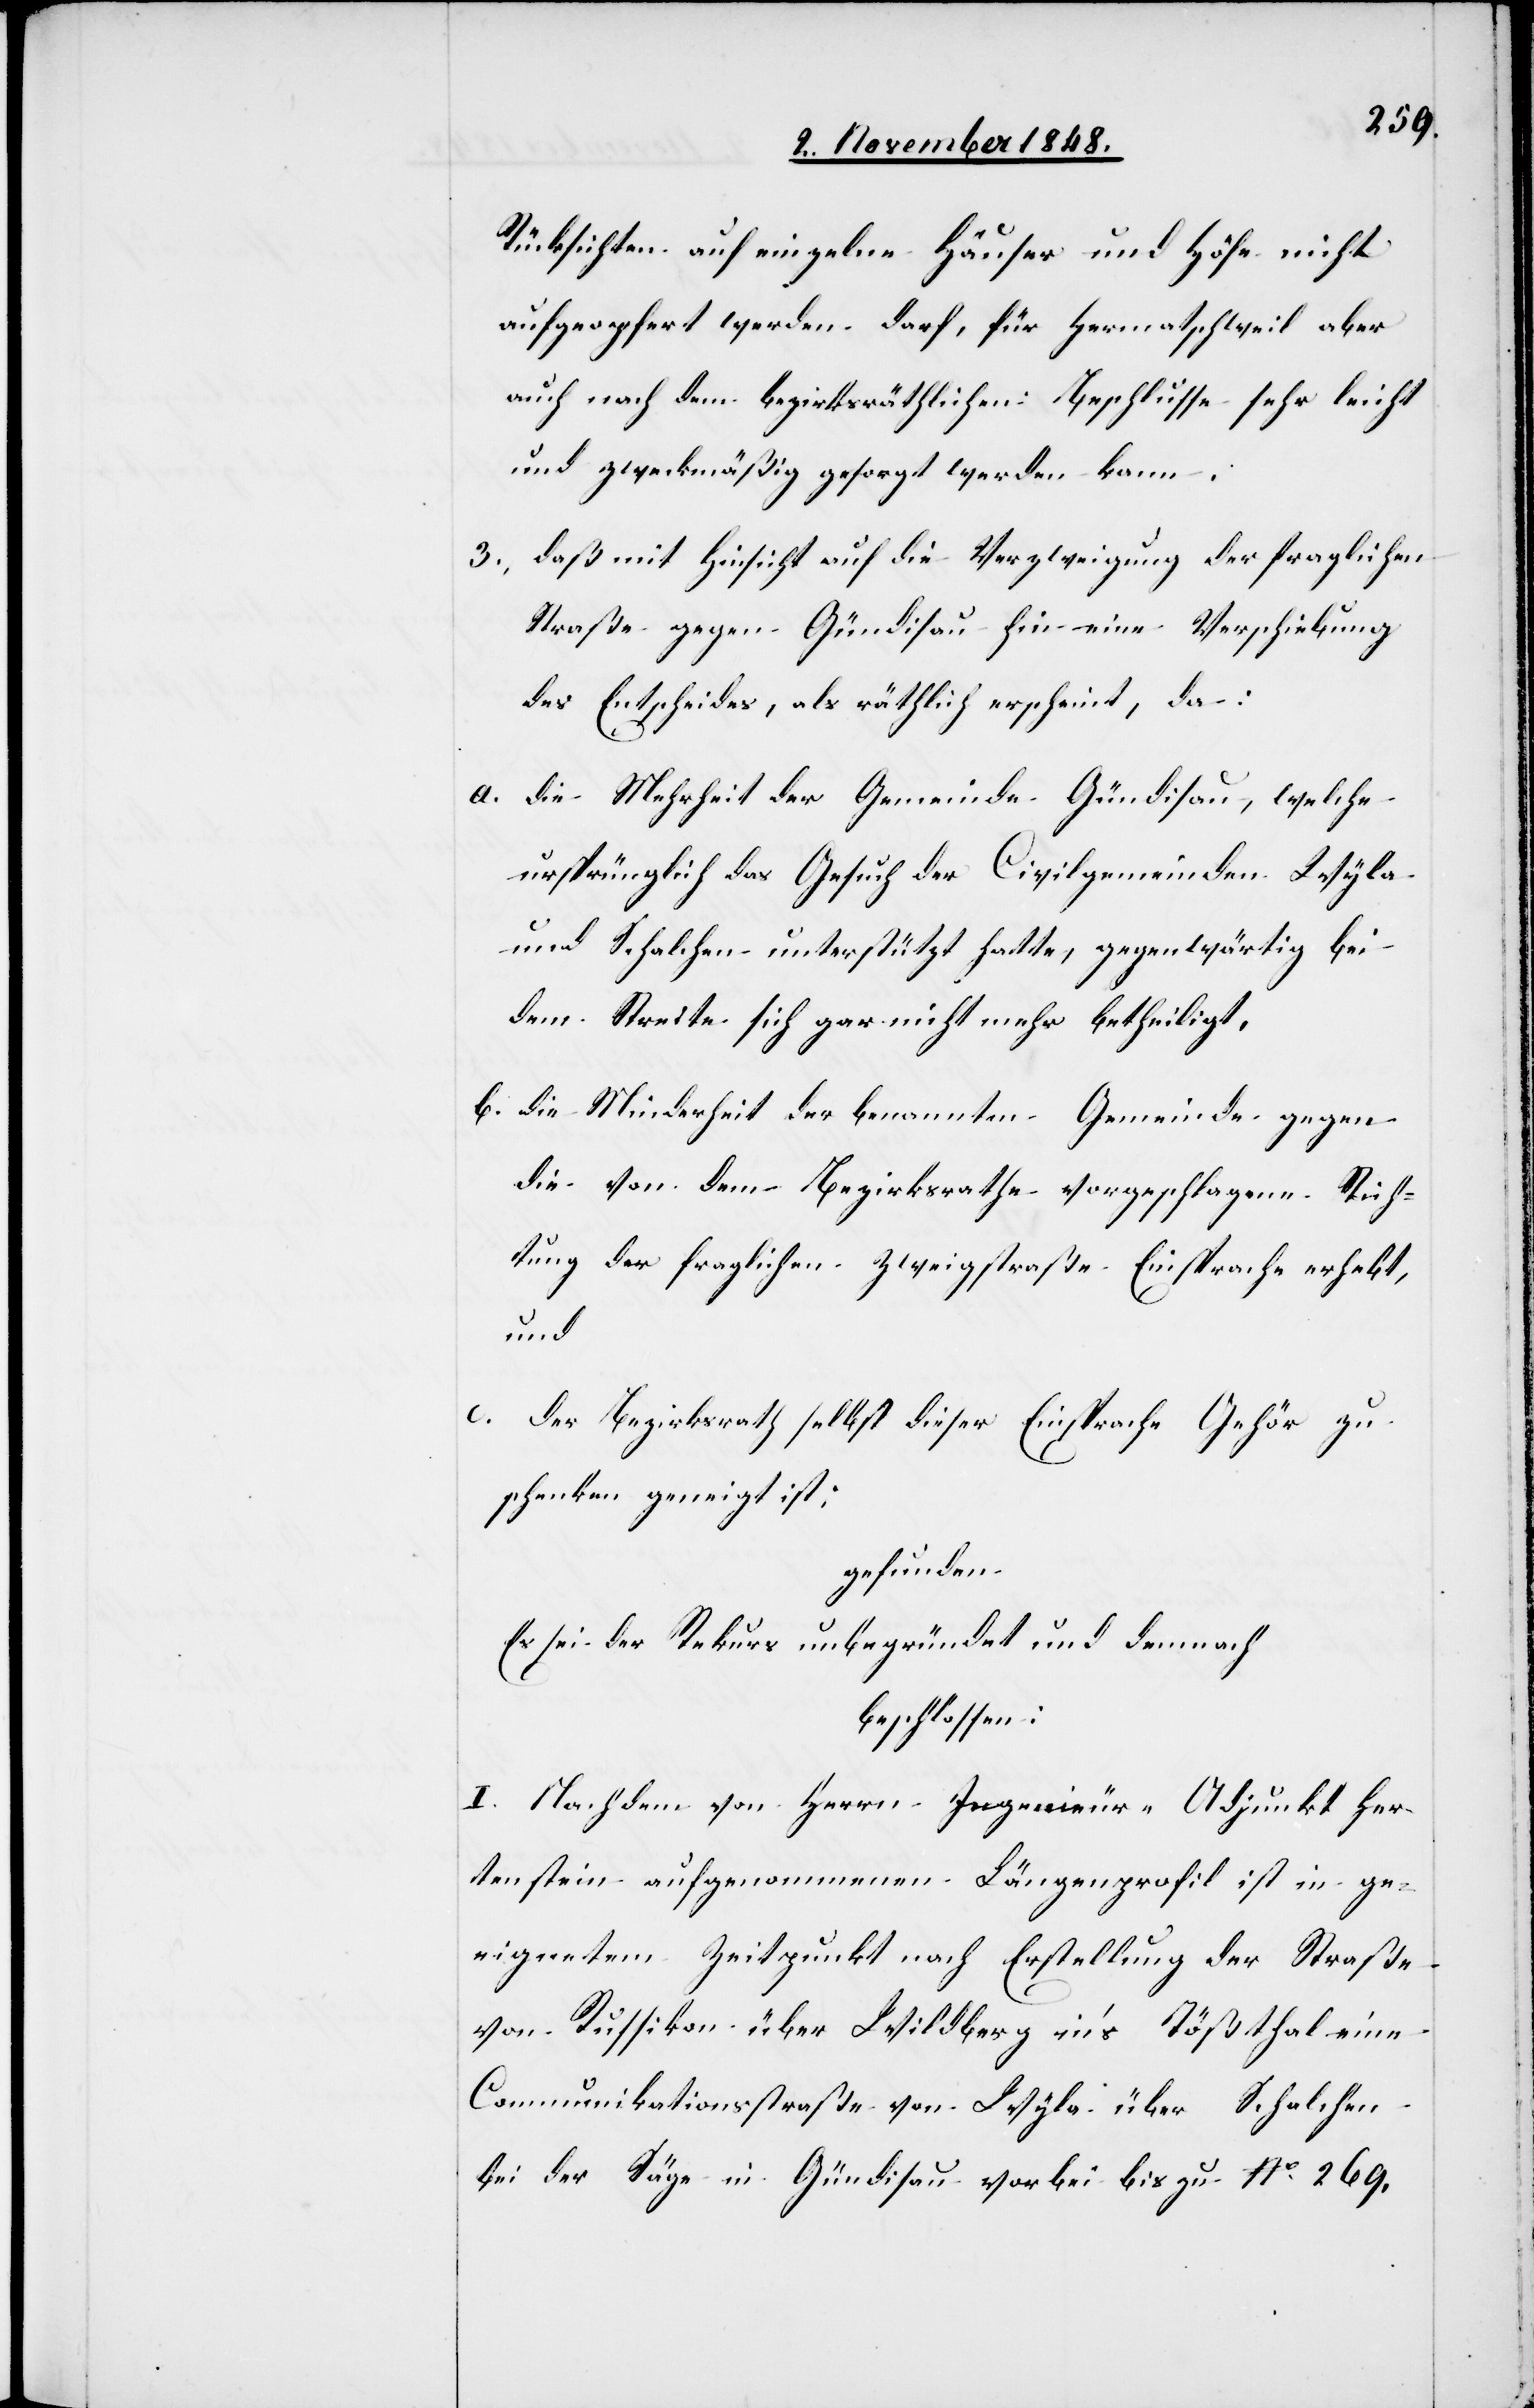
Rücksichten auf einzelne Häuser und Höfe nicht
aufgeopfert werden darf, für Hermatschweil aber
auch nach dem bezirksräthlichen Beschlusse sehr leicht
und zweckmäßig gesorgt werden kann.
3. daß mit Hinsicht auf die Verzweigung der fraglichen
Straße gegen Gündisau hin eine Verschiebung
des Entscheides, als räthlich erscheint, da:
a. die Mehrheit der Gemeinde Gündisau, welche
ursprünglich das Gesuch der Civilgemeinden Wyla
und Schalchen unterstützt hatte, gegenwärtig bei
dem Streite sich gar nicht mehr betheiligt,
b. die Minderheit der benannten Gemeinde gegen
die von dem Bezirksrathe vorgeschlagene Rich¬
tung der fraglichen Zweigstraße Einsprache erhebt,
und
c. der Bezirksrath selbst dieser Einsprache Gehör zu
schenken geneigt sei;
gefunden:
Es sei der Rekurs unbegründet und demnach
beschlossen:
I. Nachdem von Herrn Ingenieur-Adjunkt Her¬
stenstein aufgenommenen Längenprofil ist in ge¬
eignetem Zeitpunkt nach Erstellung der Straße
von Russikon über Wildberg in’s Tößthal eine
Communikationsstraße von Wyla über Schalchen
bei der Säge in Gündisau vorbei bis zu No 269.